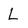
Character: L